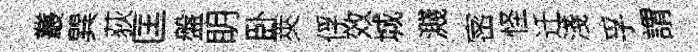
叢巽荻匡盤眀卧莢俘效城濺宻怪迁淺孚謂